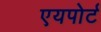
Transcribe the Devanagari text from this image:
एयपोर्ट